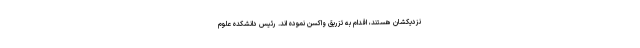
نزدیکشان هستند، اقدام به تزریق واکسن نموده اند. رئیس دانشکده علوم